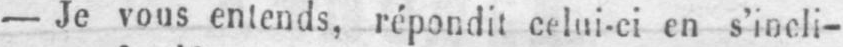
- Je vous entends, répondit celui-ci en s’incli-